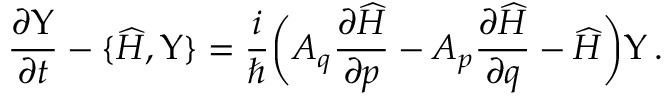
\frac { \partial \Upsilon } { \partial t } - \{ \widehat { H } , \Upsilon \} = \frac { i } \hbar \bigg ( { \cal A } _ { q } \frac { \partial \widehat { H } } { \partial p } - { \cal A } _ { p } \frac { \partial \widehat { H } } { \partial q } - \widehat { H } \bigg ) \Upsilon \, .